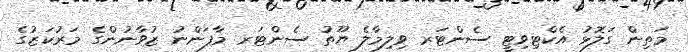
މަތިން ގަލޮޅު އެކްޓިވިޓީ ސެންޓަރ ވިލިމާލެ ޔޫތު ސެންޓަރ މާފަންނު ޒުވާނުންގެ މަރުކަޒުގެ